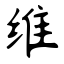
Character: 维